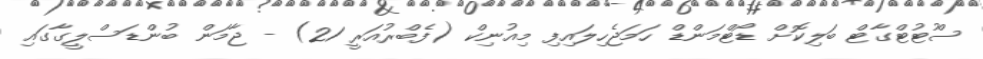
ސްުޓުޓްގާޓް ބަލިކޮށް ޑޯޓްމަންޑް ހަމަޖެހިލައިފި މިއުނިކް (ފެބްރުއަރީ 21) - ޖާމަން ބުންޑަސްލީގާގައި